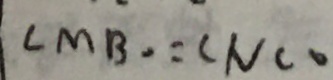
\angle M B = \angle N C